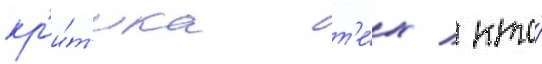
кр'и́т'ика т'е́х / кто́